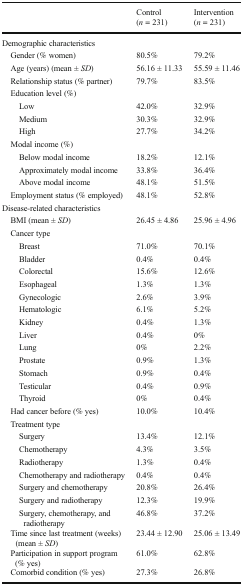
<table><thead><tr><td></td><td><b>Control(<i>n</i> = 231)</b></td><td><b>Intervention(<i>n</i> = 231)</b></td></tr></thead><tbody><tr><td colspan="3">Demographic characteristics</td></tr><tr><td> Gender (% women)</td><td>80.5%</td><td>79.2%</td></tr><tr><td> Age (years) (mean ± <i>SD</i>)</td><td>56.16 ± 11.33</td><td>55.59 ± 11.46</td></tr><tr><td> Relationship status (% partner)</td><td>79.7%</td><td>83.5%</td></tr><tr><td colspan="3"> Education level (%)</td></tr><tr><td>Low</td><td>42.0%</td><td>32.9%</td></tr><tr><td>Medium</td><td>30.3%</td><td>32.9%</td></tr><tr><td>High</td><td>27.7%</td><td>34.2%</td></tr><tr><td colspan="3"> Modal income (%)</td></tr><tr><td>Below modal income</td><td>18.2%</td><td>12.1%</td></tr><tr><td>Approximately modal income</td><td>33.8%</td><td>36.4%</td></tr><tr><td>Above modal income</td><td>48.1%</td><td>51.5%</td></tr><tr><td> Employment status (% employed)</td><td>48.1%</td><td>52.8%</td></tr><tr><td colspan="3">Disease-related characteristics</td></tr><tr><td> BMI (mean ± <i>SD</i>)</td><td>26.45 ± 4.86</td><td>25.96 ± 4.96</td></tr><tr><td colspan="3"> Cancer type</td></tr><tr><td>Breast</td><td>71.0%</td><td>70.1%</td></tr><tr><td>Bladder</td><td>0.4%</td><td>0.4%</td></tr><tr><td>Colorectal</td><td>15.6%</td><td>12.6%</td></tr><tr><td>Esophageal</td><td>1.3%</td><td>1.3%</td></tr><tr><td>Gynecologic</td><td>2.6%</td><td>3.9%</td></tr><tr><td>Hematologic</td><td>6.1%</td><td>5.2%</td></tr><tr><td>Kidney</td><td>0.4%</td><td>1.3%</td></tr><tr><td>Liver</td><td>0.4%</td><td>0%</td></tr><tr><td>Lung</td><td>0%</td><td>2.2%</td></tr><tr><td>Prostate</td><td>0.9%</td><td>1.3%</td></tr><tr><td>Stomach</td><td>0.9%</td><td>0.4%</td></tr><tr><td>Testicular</td><td>0.4%</td><td>0.9%</td></tr><tr><td>Thyroid</td><td>0%</td><td>0.4%</td></tr><tr><td> Had cancer before (% yes)</td><td>10.0%</td><td>10.4%</td></tr><tr><td colspan="3"> Treatment type</td></tr><tr><td>Surgery</td><td>13.4%</td><td>12.1%</td></tr><tr><td>Chemotherapy</td><td>4.3%</td><td>3.5%</td></tr><tr><td>Radiotherapy</td><td>1.3%</td><td>0.4%</td></tr><tr><td>Chemotherapy and radiotherapy</td><td>0.4%</td><td>0.4%</td></tr><tr><td>Surgery and chemotherapy</td><td>20.8%</td><td>26.4%</td></tr><tr><td>Surgery and radiotherapy</td><td>12.3%</td><td>19.9%</td></tr><tr><td>Surgery, chemotherapy, and radiotherapy</td><td>46.8%</td><td>37.2%</td></tr><tr><td> Time since last treatment (weeks) (mean ± <i>SD</i>)</td><td>23.44 ± 12.90</td><td>25.06 ± 13.49</td></tr><tr><td> Participation in support program (% yes)</td><td>61.0%</td><td>62.8%</td></tr><tr><td> Comorbid condition (% yes)</td><td>27.3%</td><td>26.8%</td></tr></tbody></table>